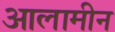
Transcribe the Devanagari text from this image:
आलामीन